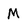
Character: M